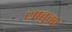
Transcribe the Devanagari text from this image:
धातुवद